Annual report of the Punjab Veterinary College and of the Civil Veterinary Department, Punjab - 1909-1919
Year: 1909
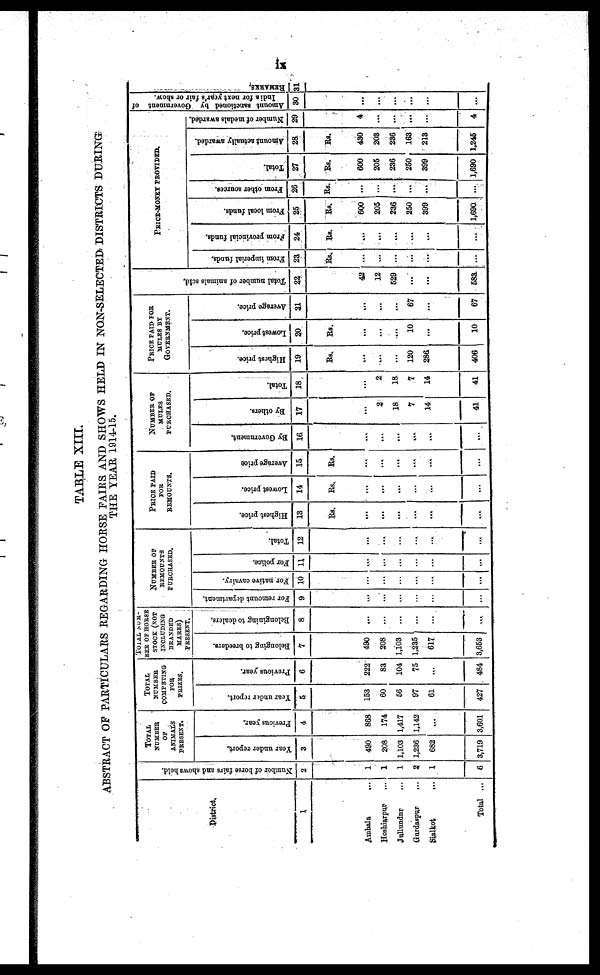
ix
TABLE XIII.
ABSTRACT OF PARTICULARS REGARDING HORSE PAIRS AND SHOWS HELD IN NON-SELECTED DISTRICTS DURING
THE YEAR 1914-15.
District.
1
Ambala
...
Hoshiarpur
...
Jullundur ...
Gurdaspur
...
Sailkot ...
Total ...
Number of horse fairs and shows held.
2
1
1
1
2
1
6
TOTAL
NUMBER
OF
ANIMALS
PRESENT.
Year under report.
3
490
208
1,103
1,236
682
3,719
Previous year.
4
868
174
1,417
1,142
...
3,601
TOTAL
NUMBER
COMPETING
FOR
PRIZES.
Year under report.
5
153
60
56
97
61
427
Previous year.
6
222
83
104
75
...
484
TOTAL NUM-
BER OF HORSE
STOCK (NOT
INCLUDING
BRANDED
MARES)
PRESENT.
Belonging to breeders.
7
490
208
1,103
1,235
617
3,653
Belongining
to dealers.
8
...
...
...
...
...
...
NUMBER OF
REMOUNTS
PURCHASED.
For remount department.
9
...
...
...
...
...
...
For native cavalry.
10
...
...
...
...
...
...
For police.
11
...
...
...
...
...
...
Total.
12
...
...
...
...
...
...
PPIOR PAID
FOR
REMOUNTS.
Highest price.
13
Rs.
...
...
...
...
...
...
Lowest price.
14
Rs.
...
...
...
...
...
...
Average price
15
Rs.
...
...
...
...
...
...
NUMBER OF
MULES
PURCHASED.
By Government.
16
...
...
...
....
...
...
By others.
17
...
2
18
7
14
41
Total.
18
...
2
18
7
14
41
PRICE PAID FOR
MULES BY
GOVERNMENT.
Highest price.
19
Rs.
...
...
...
120
286
406
Lowest price.
20
Rs.
...
...
...
10
...
10
Average price.
21
...
...
...
67
...
67
Total number of animals sold.
22
42
12
529
...
...
583
PRICE-MONEY PROVIDED.
From imperial funds.
23
Rs.
....
...
...
...
...
...
From provincial funds.
24
Rs.
...
...
...
...
...
...
From local funds.
25
Rs.
600
205
236
250
399
1,690
From other sources.
26
Rs.
...
...
...
...
...
...
Total.
27
Rs.
600
205
236
250
399
1,690
Amount actually awarded.
28
Rs.
430
203
236
163
213
1,245
Number of medals awarded.
29
4
...
...
...
...
4
Amount sanctioned by Government of
India for next year's fair or show.
30
...
...
...
...
...
...
REMARKS.
31